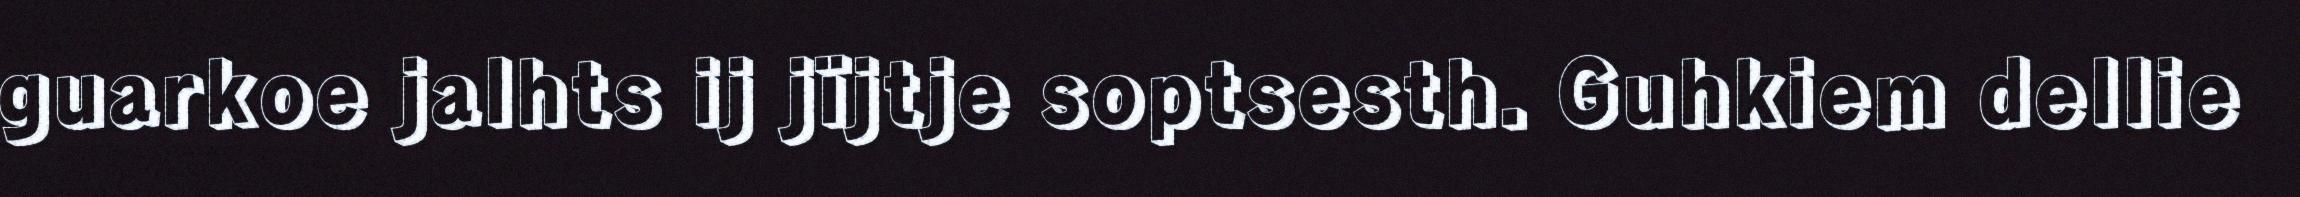
guarkoe jalhts ij jïjtje soptsesth. Guhkiem dellie